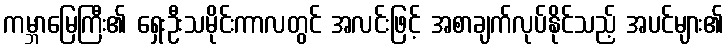
ကမ္ဘာမြေကြီး၏ ရှေးဦးသမိုင်းကာလတွင် အလင်းဖြင့် အစာချက်လုပ်နိုင်သည့် အပင်များ၏